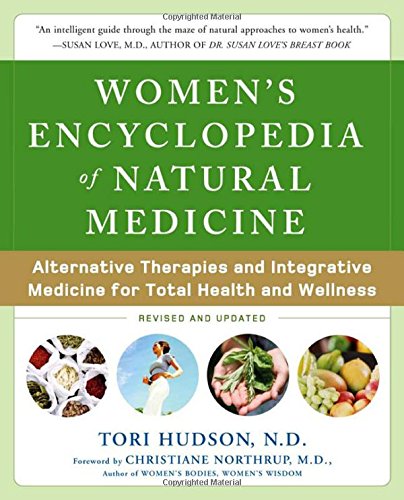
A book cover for Women's Encyclopedia of Natural Medicine: Alternative Therapies and Integrative Medicine for Total Health and Wellness; Tori Hudson; Health, Fitness & Dieting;